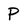
Character: P